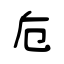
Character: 卮